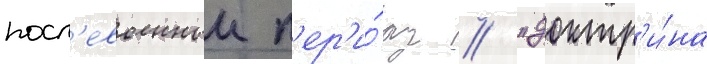
посл'евоенныи п'ер'и́од // "доктр'и́на